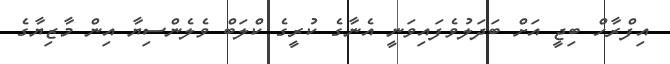
އިފްރާހް ބިޖީ އަށް ބަދަލުވެފައިވަނީ އެނާގެ ކުރީގެ ކްލަބް ވެލެންސިޔާ އިން މާޒިޔާގެ